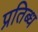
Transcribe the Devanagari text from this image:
प्रतिब्ध